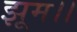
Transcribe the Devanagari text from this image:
झूम।।